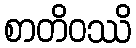
စာတိဝဿိ